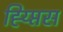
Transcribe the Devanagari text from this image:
ह्य्प्तिस